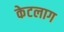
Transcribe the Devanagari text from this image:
केटलाग